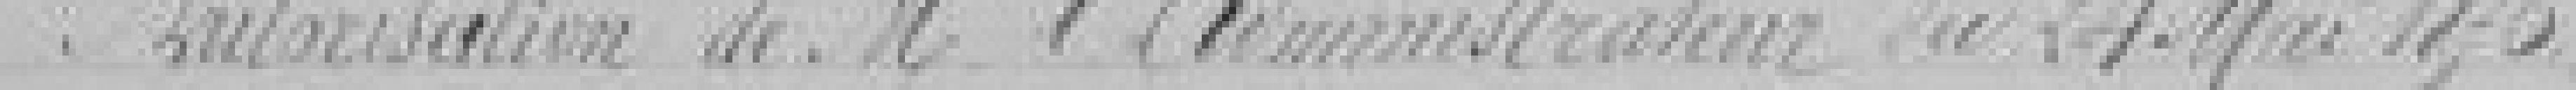
Autorisation de Monsieur l'Administrateur du 24 Mai  1876